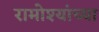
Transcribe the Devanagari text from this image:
रामोश्यांच्या